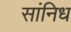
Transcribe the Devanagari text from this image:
सांनिध